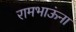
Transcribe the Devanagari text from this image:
रामभाऊंना